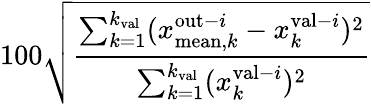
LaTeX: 100\sqrt{\frac{\sum_{k=1}^{k_{\mathrm{val}}}(x_{\mathrm{mean},k}^{\mathrm{out}-i}-x_{k}^{\mathrm{val}-i})^{2}}{\sum_{k=1}^{k_{\mathrm{val}}}(x_{k}^{\mathrm{val}-i})^{2}}}